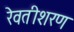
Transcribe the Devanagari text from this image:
रेवतीशरण